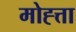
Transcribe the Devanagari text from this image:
मोह्त्ता